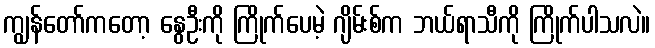
ကျွန်တော်ကတော့ နွေဦးကို ကြိုက်ပေမဲ့ ဂျိမ်းစ်က ဘယ်ရာသီကို ကြိုက်ပါသလဲ။